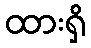
ထားရှိ